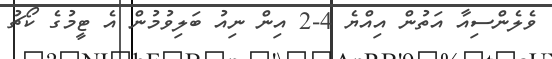
ވެލެންސިއާ އަތުން އިއްޔެ 4-2 އިން ނިއު ބަލިވުމުން އެ ޓީމުގެ ކޯޗު